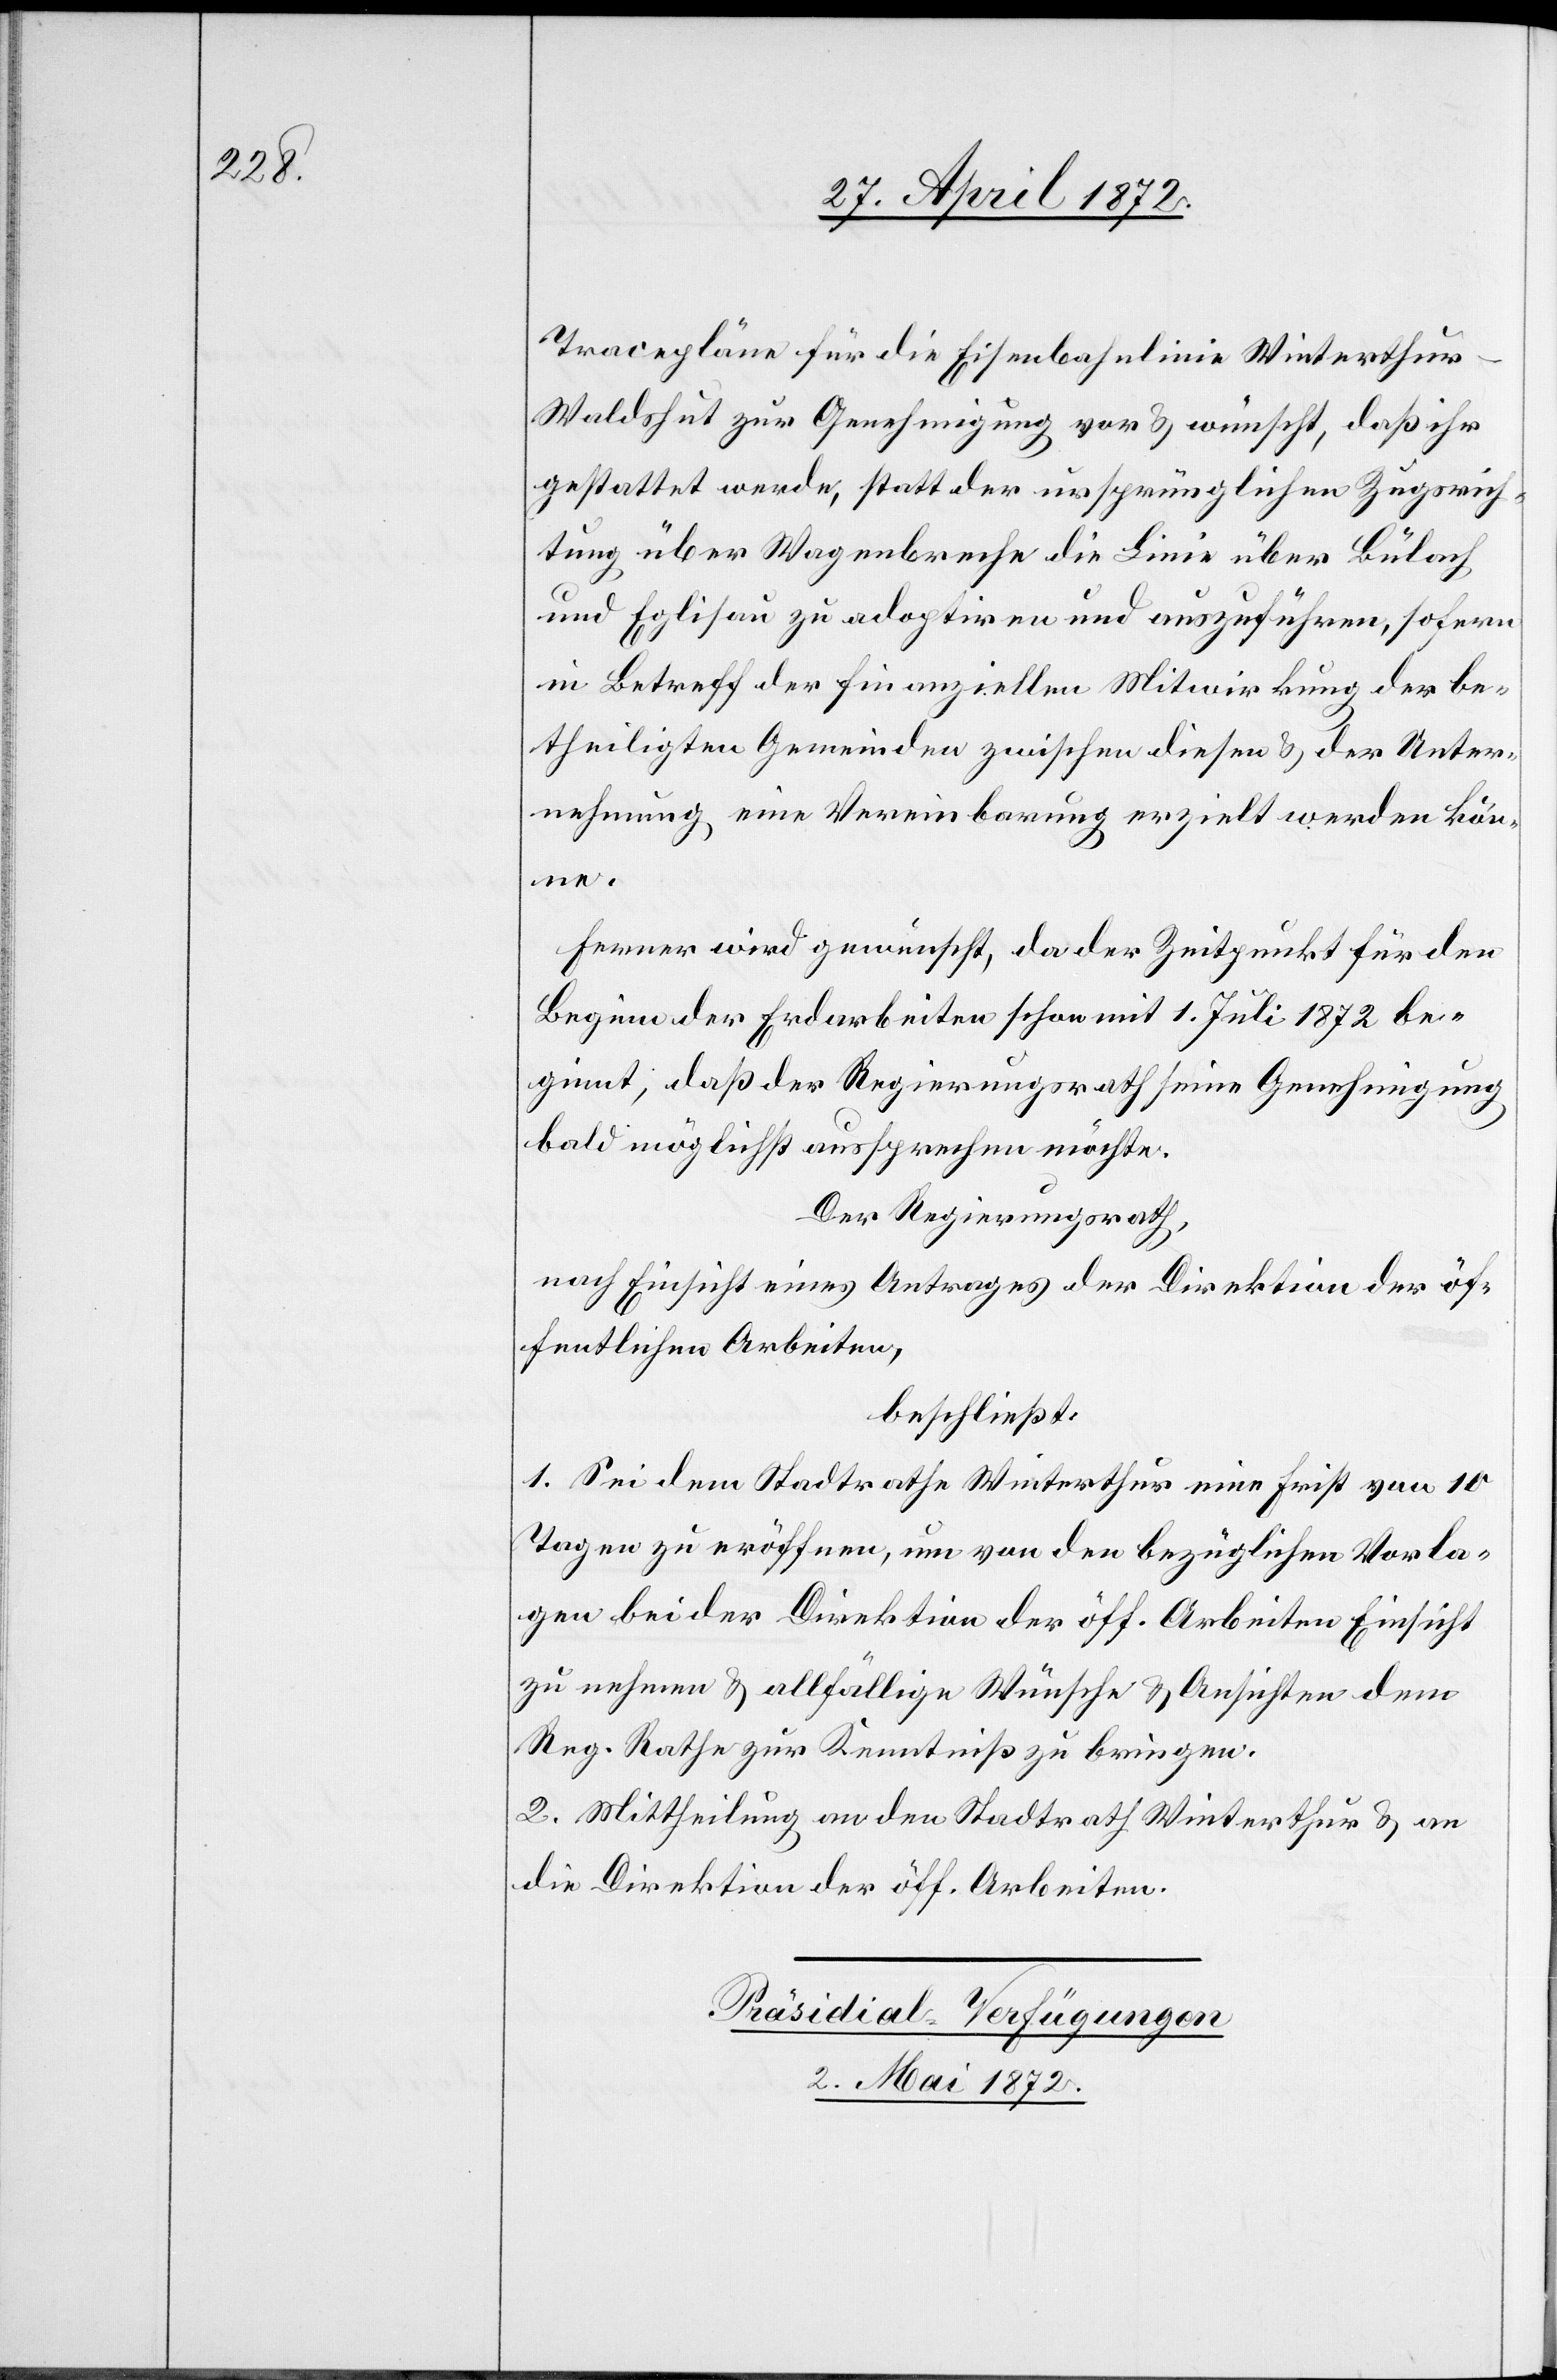
Tracepläne für die Eisenbahnlinie Winterthu¬
r–Waldshut zur Genehmigung vor u. wünscht, daß ihr
gestattet werde, statt der ursprünglichen Zugsrich¬
tung über Wagenbreche die Linie über Bülach
und Eglisau zu adoptiren und auszuführen, sofern
in Betreff der finanziellen Mitwirkung der be¬
theiligten Gemeinden zwischen diesen u. der Unter¬
nehmung eine Vereinbarung erzielt werden kön¬
ne.
Ferner wird gewünscht, da der Zeitpunkt für den
Beginn der Erdarbeiten schon mit 1. Juli 1872 be¬
ginnt, daß der Regierungsrath seine Genehmigung
bald möglichst aussprechen möchte.
Der Regierungsrath,
nach Einsicht eines Antrages der Direktion der öf¬
fentlichen Arbeiten,
beschließt:
1. Sei dem Stadtrath Winterthur eine Frist von 10
Tagen zu eröffnen, um von den bezüglichen Vorla¬
gen bei der Direktion der öff. Arbeiten Einsicht
zu nehmen u. allfällige Wünsche u. Ansichten dem
Reg. Rathe zur Kenntniß zu bringen.
2. Mittheilung an den Stadtrath Winterthur u. an
die Direktion der öff. Arbeiten.